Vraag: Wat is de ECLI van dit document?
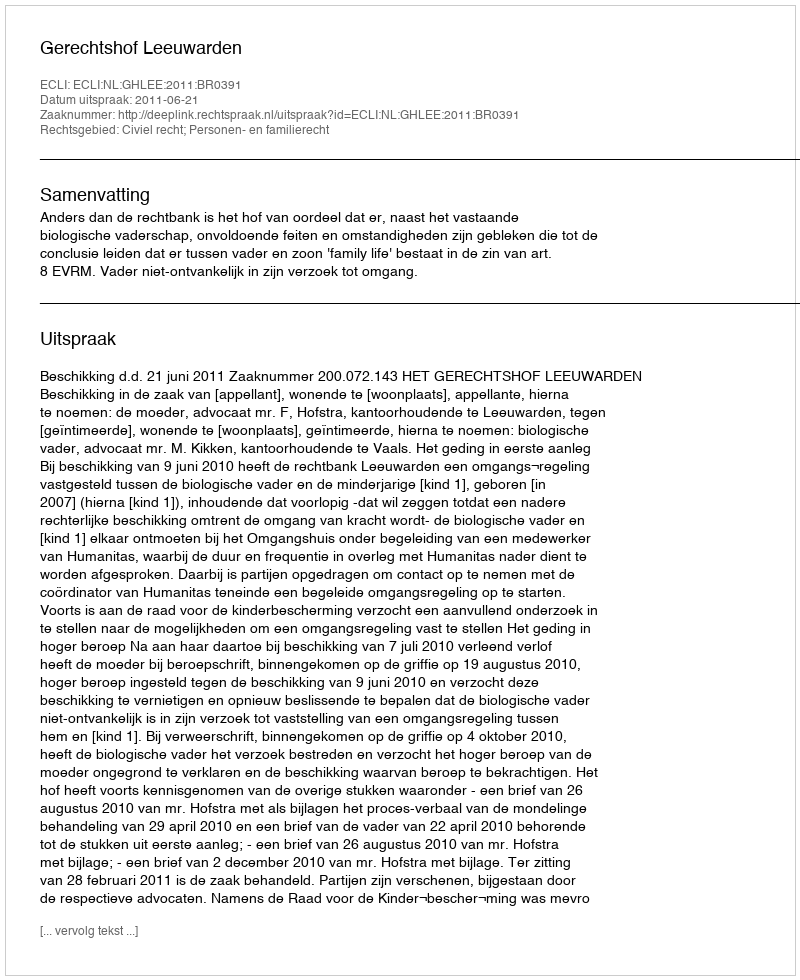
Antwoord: ECLI:NL:GHLEE:2011:BR0391